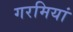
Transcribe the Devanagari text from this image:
गरमियां